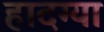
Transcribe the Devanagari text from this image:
हादग्या